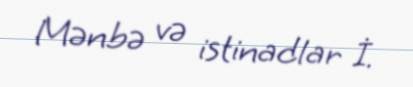
Mənbə və istinadlar İ.